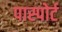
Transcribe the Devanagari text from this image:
पास्पोर्ट